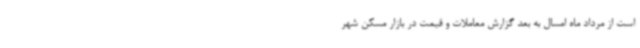
است از مرداد ماه امسال به بعد گزارش معاملات و قیمت در بازار مسکن شهر